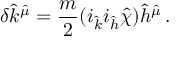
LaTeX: \delta { \hat { k } } ^ { \hat { \mu } } = \frac { m } { 2 } ( i _ { \hat { k } } i _ { \hat { h } } { \hat { \chi } } ) { \hat { h } } ^ { \hat { \mu } } \, .